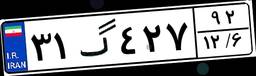
۳۱گ۴۲۷۹۲